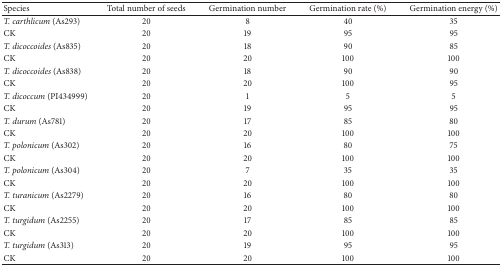
<table><thead><tr><td><b>Species</b></td><td><b>Total number of seeds</b></td><td><b>Germination number</b></td><td><b>Germination rate (%)</b></td><td><b>Germination energy (%)</b></td></tr></thead><tbody><tr><td><i>T. carthlicum</i> (As293)</td><td>20</td><td>8</td><td>40</td><td>35</td></tr><tr><td>CK</td><td>20</td><td>19</td><td>95</td><td>95</td></tr><tr><td><i>T. dicoccoides</i> (As835)</td><td>20</td><td>18</td><td>90</td><td>85</td></tr><tr><td>CK</td><td>20</td><td>20</td><td>100</td><td>100</td></tr><tr><td><i>T. dicoccoides</i> (As838)</td><td>20</td><td>18</td><td>90</td><td>90</td></tr><tr><td>CK</td><td>20</td><td>20</td><td>100</td><td>95</td></tr><tr><td><i>T. dicoccum</i> (PI434999)</td><td>20</td><td>1</td><td>5</td><td>5</td></tr><tr><td>CK</td><td>20</td><td>19</td><td>95</td><td>95</td></tr><tr><td><i>T. durum</i> (As781)</td><td>20</td><td>17</td><td>85</td><td>80</td></tr><tr><td>CK</td><td>20</td><td>20</td><td>100</td><td>100</td></tr><tr><td><i>T. polonicum</i> (As302)</td><td>20</td><td>16</td><td>80</td><td>75</td></tr><tr><td>CK</td><td>20</td><td>20</td><td>100</td><td>100</td></tr><tr><td><i>T. polonicum</i> (As304)</td><td>20</td><td>7</td><td>35</td><td>35</td></tr><tr><td>CK</td><td>20</td><td>20</td><td>100</td><td>100</td></tr><tr><td><i>T. turanicum</i> (As2279)</td><td>20</td><td>16</td><td>80</td><td>80</td></tr><tr><td>CK</td><td>20</td><td>20</td><td>100</td><td>100</td></tr><tr><td><i>T. turgidum</i> (As2255)</td><td>20</td><td>17</td><td>85</td><td>85</td></tr><tr><td>CK</td><td>20</td><td>20</td><td>100</td><td>100</td></tr><tr><td><i>T. turgidum</i> (As313)</td><td>20</td><td>19</td><td>95</td><td>95</td></tr><tr><td>CK</td><td>20</td><td>20</td><td>100</td><td>100</td></tr></tbody></table>